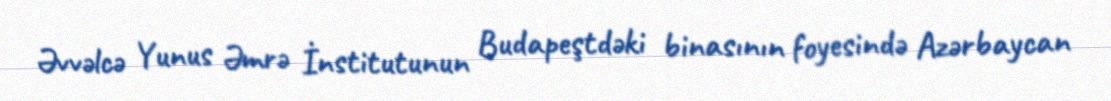
Əvvəlcə Yunus Əmrə İnstitutunun Budapeştdəki binasının foyesində Azərbaycan